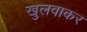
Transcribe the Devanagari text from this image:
खुलवाकर